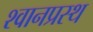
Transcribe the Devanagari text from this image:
श्वानप्रस्थ